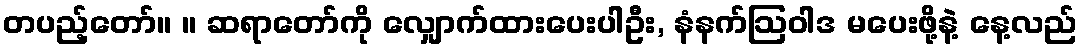
တပည့်တော်။ ။ ဆရာတော်ကို လျှောက်ထားပေးပါဦး, နံနက်ဩဝါဒ မပေးဖို့နဲ့ နေ့လည်